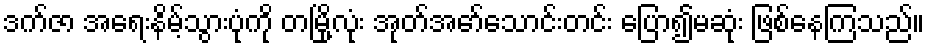
ဒက်ဇာ အရေးနိမ့်သွားပုံကို တမြို့လုံး အုတ်အော်သောင်းတင်း ပြော၍မဆုံး ဖြစ်နေကြသည်။